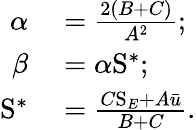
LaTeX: \begin{array}{rl}{\alpha}&{{}=\frac{2(B+C)}{A^{2}};}\\ {\beta}&{{}=\alpha\mathrm{S}^{\ast};}\\ {\mathrm{S}^{\ast}}&{{}=\frac{C\mathrm{S}_{E}+A\bar{u}}{B+C}.}\end{array}